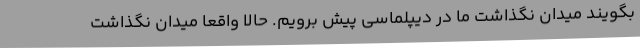
بگویند میدان نگذاشت ما در دیپلماسی پیش برویم. حالا واقعا میدان نگذاشت